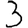
Digit: 3